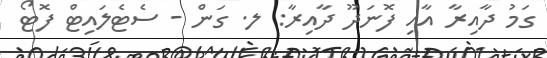
ގަމު ދާއިރާ އާއި ފޮނަދޫ ދާއިރާ: ލ. ގަން - ސެޓެލައިޓް ފޮޓޯ